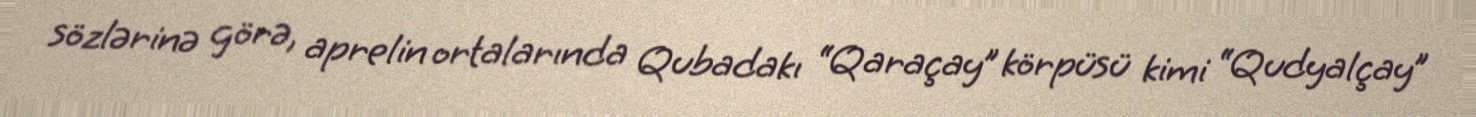
sözlərinə görə, aprelin ortalarında Qubadakı “Qaraçay” körpüsü kimi “Qudyalçay”